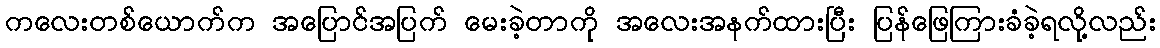
ကလေးတစ်ယောက်က အပြောင်အပြက် မေးခဲ့တာကို အလေးအနက်ထားပြီး ပြန်ဖြေကြားခံခဲ့ရလို့လည်း